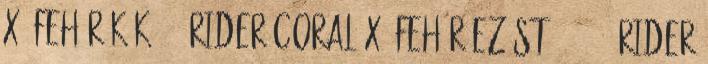
X, fehér-kék, 43 Rider coral X, fehér-ezüst, 41 42 Rider